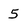
Character: 5